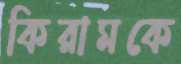
কিরামকে